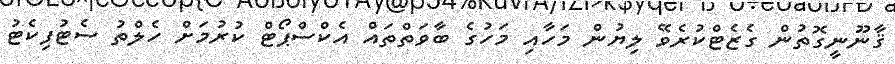
ޤާނޫނީގޮތުން ގެޒެޓްކުރެވޭ ލިޔުން މަހާއި މަހުގެ ބާވަތްތައް އެކްސްޕޯޓް ކުރުމަށް ހެލްތު ސެޓުފިކެޓު